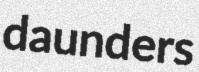
daunders